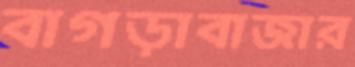
বাগড়াবাজার